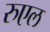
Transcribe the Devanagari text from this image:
रुएल